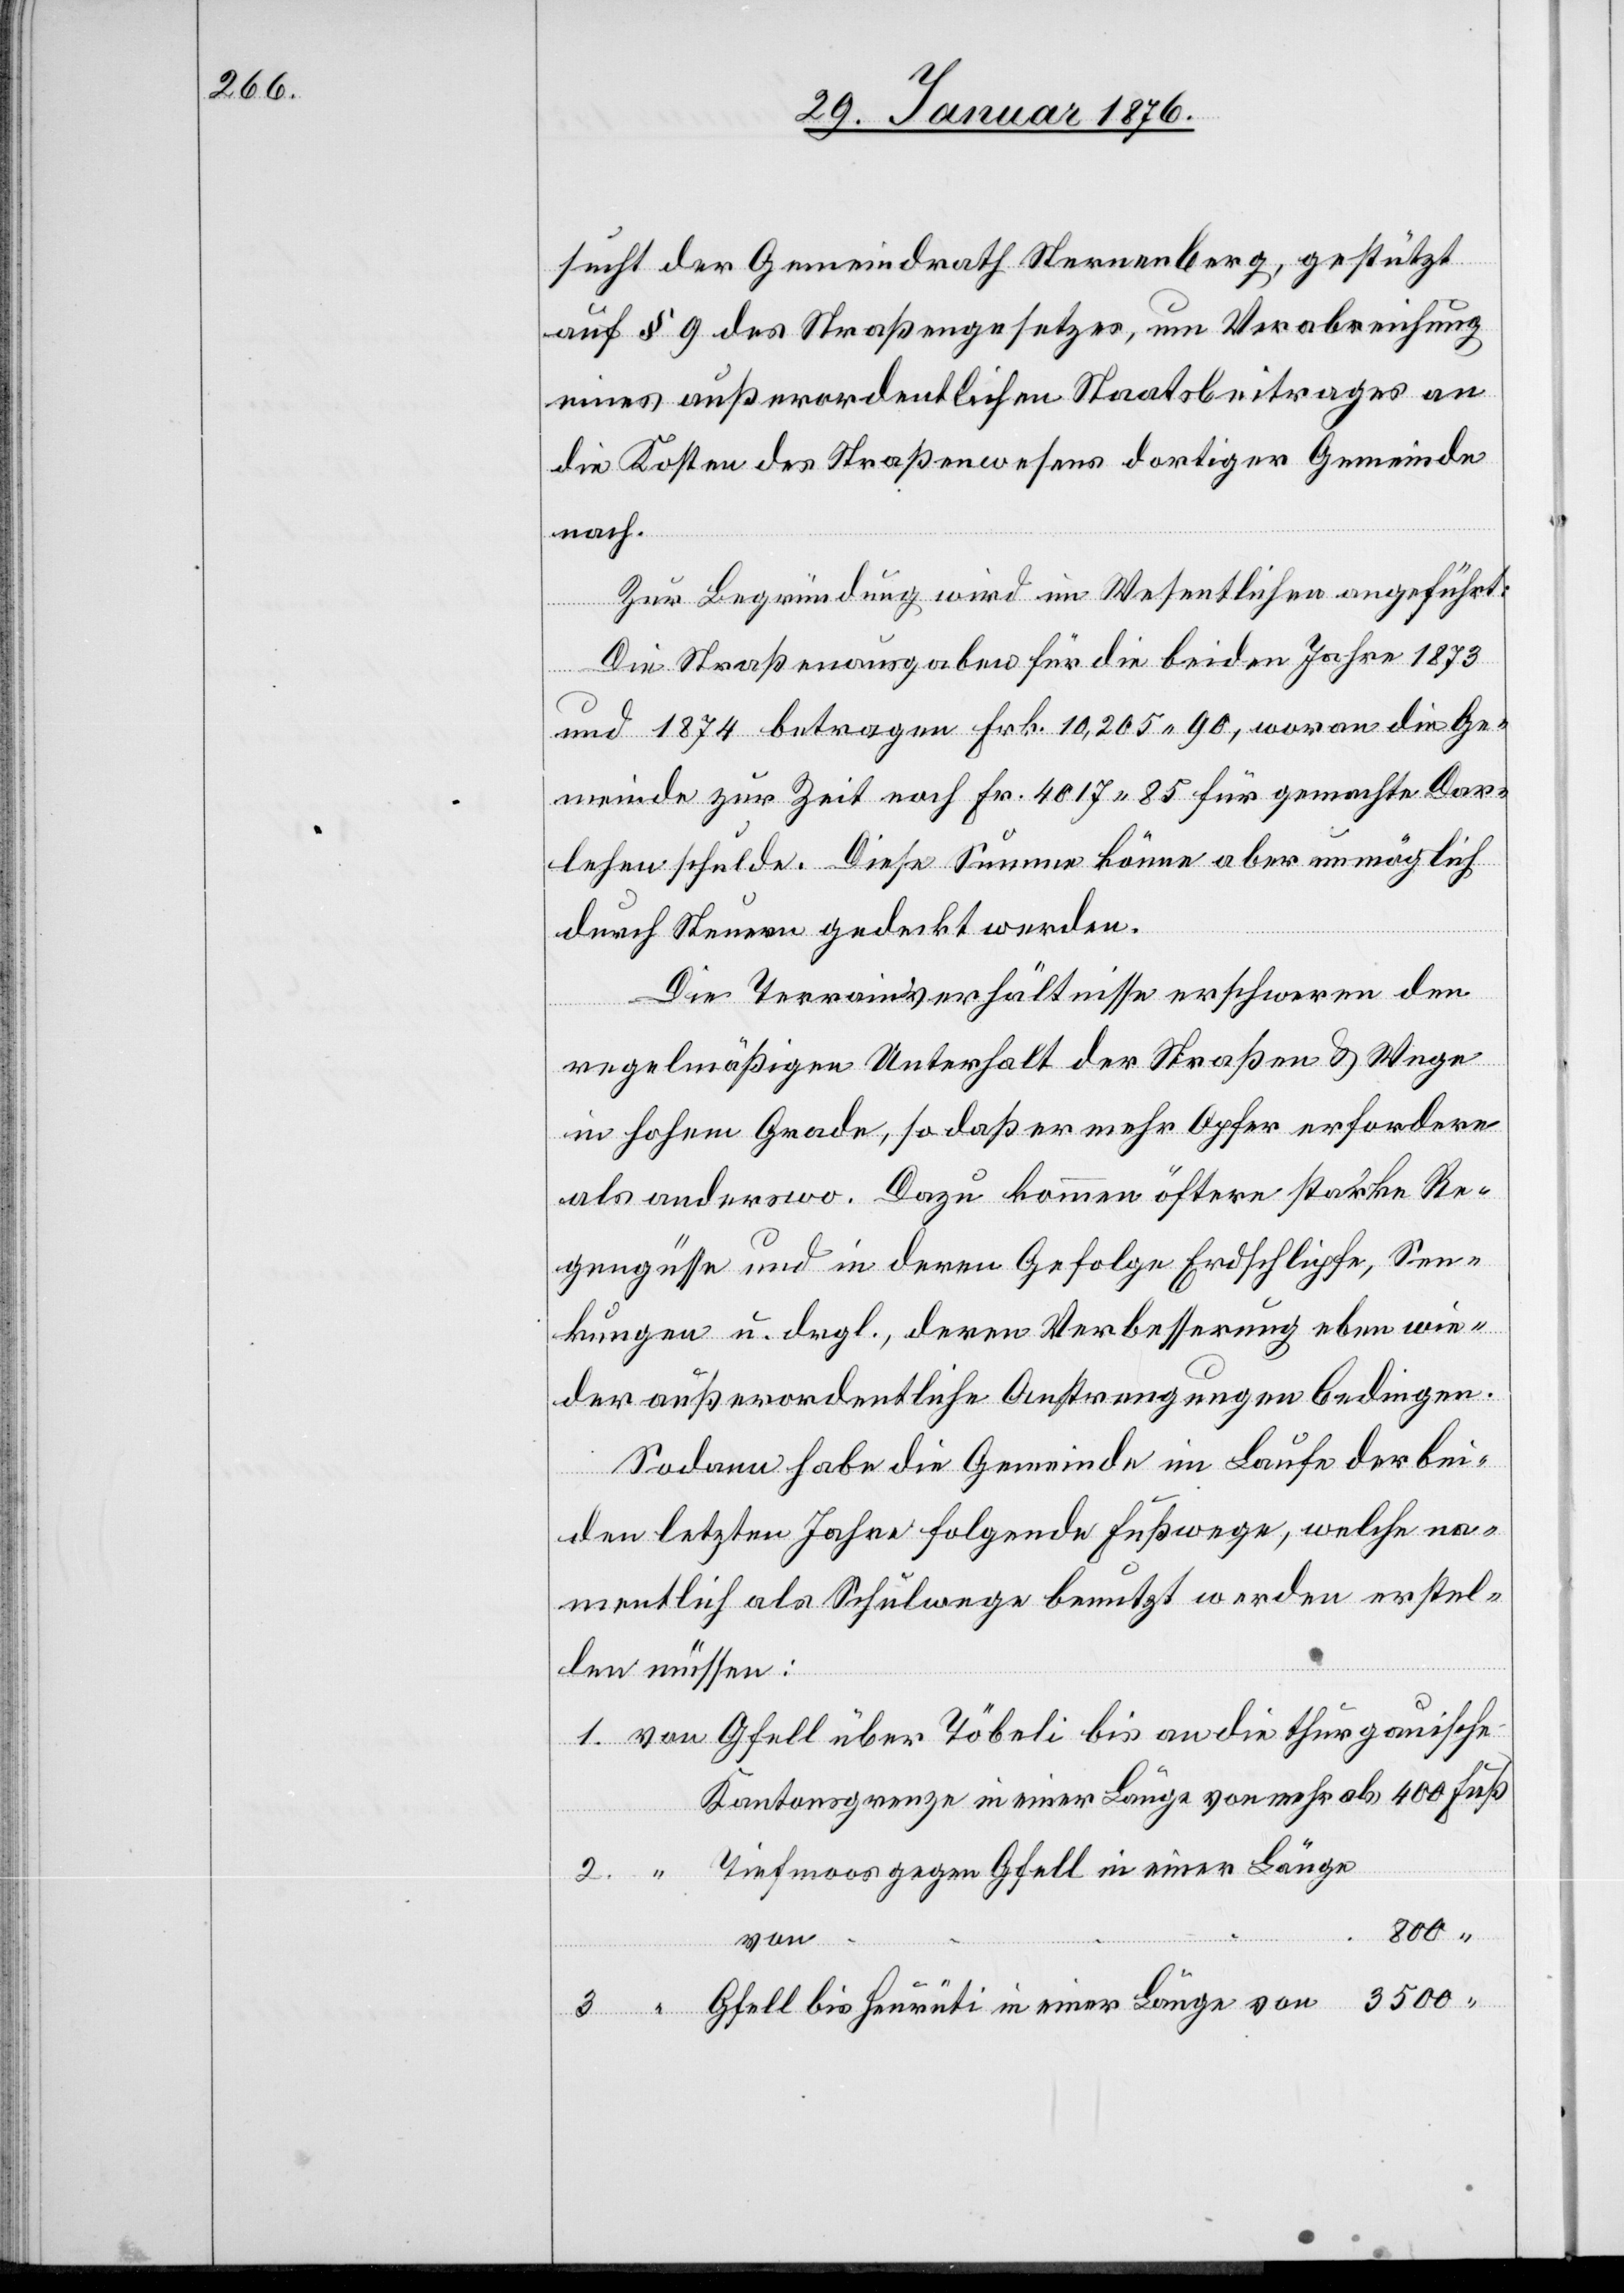
sucht der Gemeindrath Sternenberg, gestützt
auf § 9 des Straßengesetzes, um Verabreichung
eines außerordentlichen Staatsbeitrages an
die Kosten des Straßenwesens dortiger Gemeinde
nach.
Zur Begründung wird im Wesentlichen angeführt:
Die Straßenausgaben für die beiden Jahre 1873
und 1874 betragen Frk. 10,205.90, woran die Ge¬
meinde zur Zeit noch Fr. 4017.85 für gemachte Dar¬
lehen schulde. Diese Summe könne aber unmöglich
durch Steuern gedeckt werden.
Die Terrainsverhältnisse erschweren den
regelmäßigen Unterhalt der Straßen u. Wege
in hohem Grade, so daß er mehr Opfer erfordere
als anderswo. Dazu kommen öfter starke Re¬
gengüsse und in deren Gefolge Erdschlipfe, Sen¬
kungen u. drgl., deren Verbesserung eben wie¬
der außerordentliche Anstrengungen bedingen.
Sodann habe die Gemeinde im Laufe der bei¬
den letzten Jahre folgende Fußweg, welche na¬
mentlich als Schulwege benutzt werden erstel¬
len müssen:
von Gfell über Töbeli bis an die thurgauische
Kantonsgrenze in einer Länge von mehr als
“ Tiefmoos gegen Gfell in einer Länge
von
“ Gfell bis Heurüti in einer Länge von